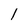
Character: 1